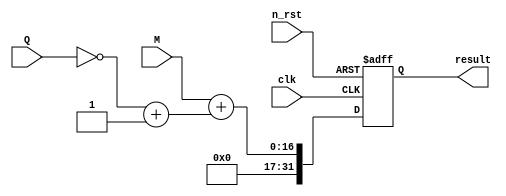
module subtract (//뺏셈
  input  clk,       // 클럭 입력
  input  n_rst,     // 비동기 리셋 입력
  input  [15:0] M,  // 피승수
  input  [15:0] Q,  // 승수
  output [31:0] result // 결과
);

reg [15:0] B_neg; // Q의 2의 보수 표현
reg [31:0] A_ext; // M을 16비트에서 32비트로 확장
wire [31:0] temp_result; // 중간 결과

// B_neg 계산 (Q의 2의 보수)
always @(*) begin
    B_neg = ~Q + 1;
end

// A_ext 계산 (M을 16비트에서 32비트로 확장)
always @(*) begin
    A_ext = {16'b0, M};
end

// 결과 계산
always @(posedge clk or posedge n_rst) begin
    if (n_rst) begin
        temp_result <= 32'b0;
    end else begin
        temp_result <= A_ext + B_neg;
    end
end

assign result = temp_result;

endmodule